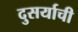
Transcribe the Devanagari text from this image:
दुसर्याची